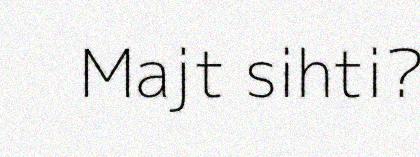
Majt sihti?